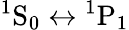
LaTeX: {}^{1}\mathrm{S}_{0}\leftrightarrow{}^{1}\mathrm{P}_{1}